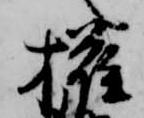
権